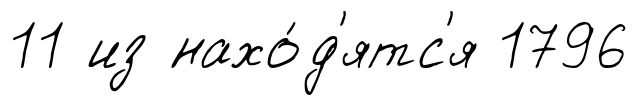
11 из нахо́д'ятс'я 1796